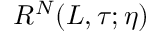
R ^ { N } ( L , \tau ; \eta )